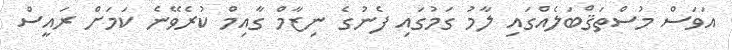
އަވަސް މުސްތަޤްބަލެއްގައި ލާމު ގަމުގައި ފެނުގެ ނިޒާމް ގާއިމް ކުރެވޭނެ ކަމަށް ރައީސް